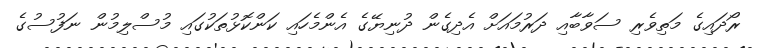
ރޯދައިގެ މަތިވެރި ސަވާބާއި ދަރުމައަށް އެދިގެން ދުނިޔޭގެ އެންމެހައި ކަންކޮޅުތަކުގައި މުސްލިމުން ނަފުސުގެ